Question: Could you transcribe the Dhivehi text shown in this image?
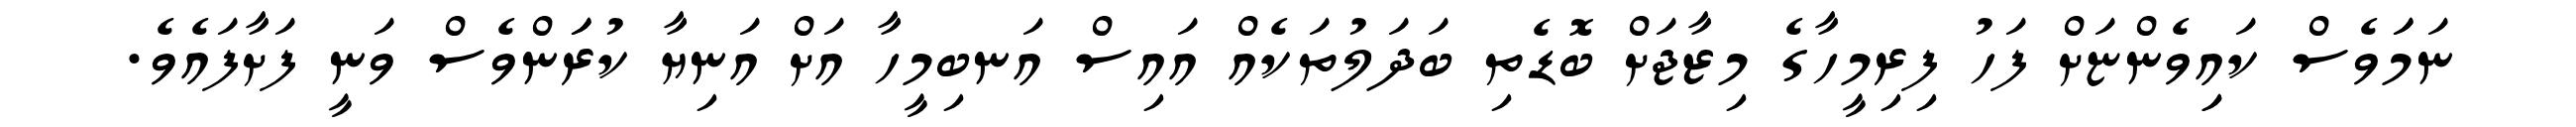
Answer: ނަމަަވެސް ކައިިވެންޏަށް ފަހު ފިރިމީހާގެ މިޒާޖަށް ބޮޑެތި ބަދަލުތަކެއް އައިސް އަނބިމީހާ އަށް އަނިޔާ ކުރަަންވެސް ވަނީ ފަށާފައެވެ.